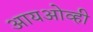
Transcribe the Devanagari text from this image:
आयओव्ही